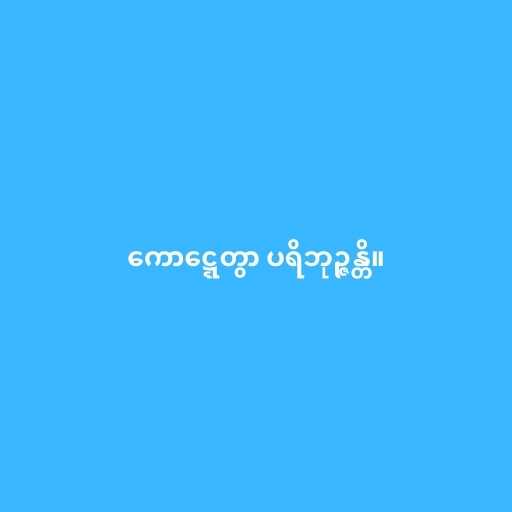
ကောဋ္ဋေတွာ ပရိဘုဉ္ဇန္တိ။